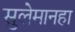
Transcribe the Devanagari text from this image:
सुलेमानहा